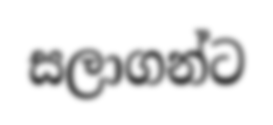
සලාගන්ට